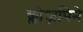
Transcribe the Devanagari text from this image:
क्लोज़पिने